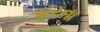
ધરના